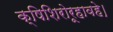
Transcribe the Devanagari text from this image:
क्षिशिरोरूहावहे।